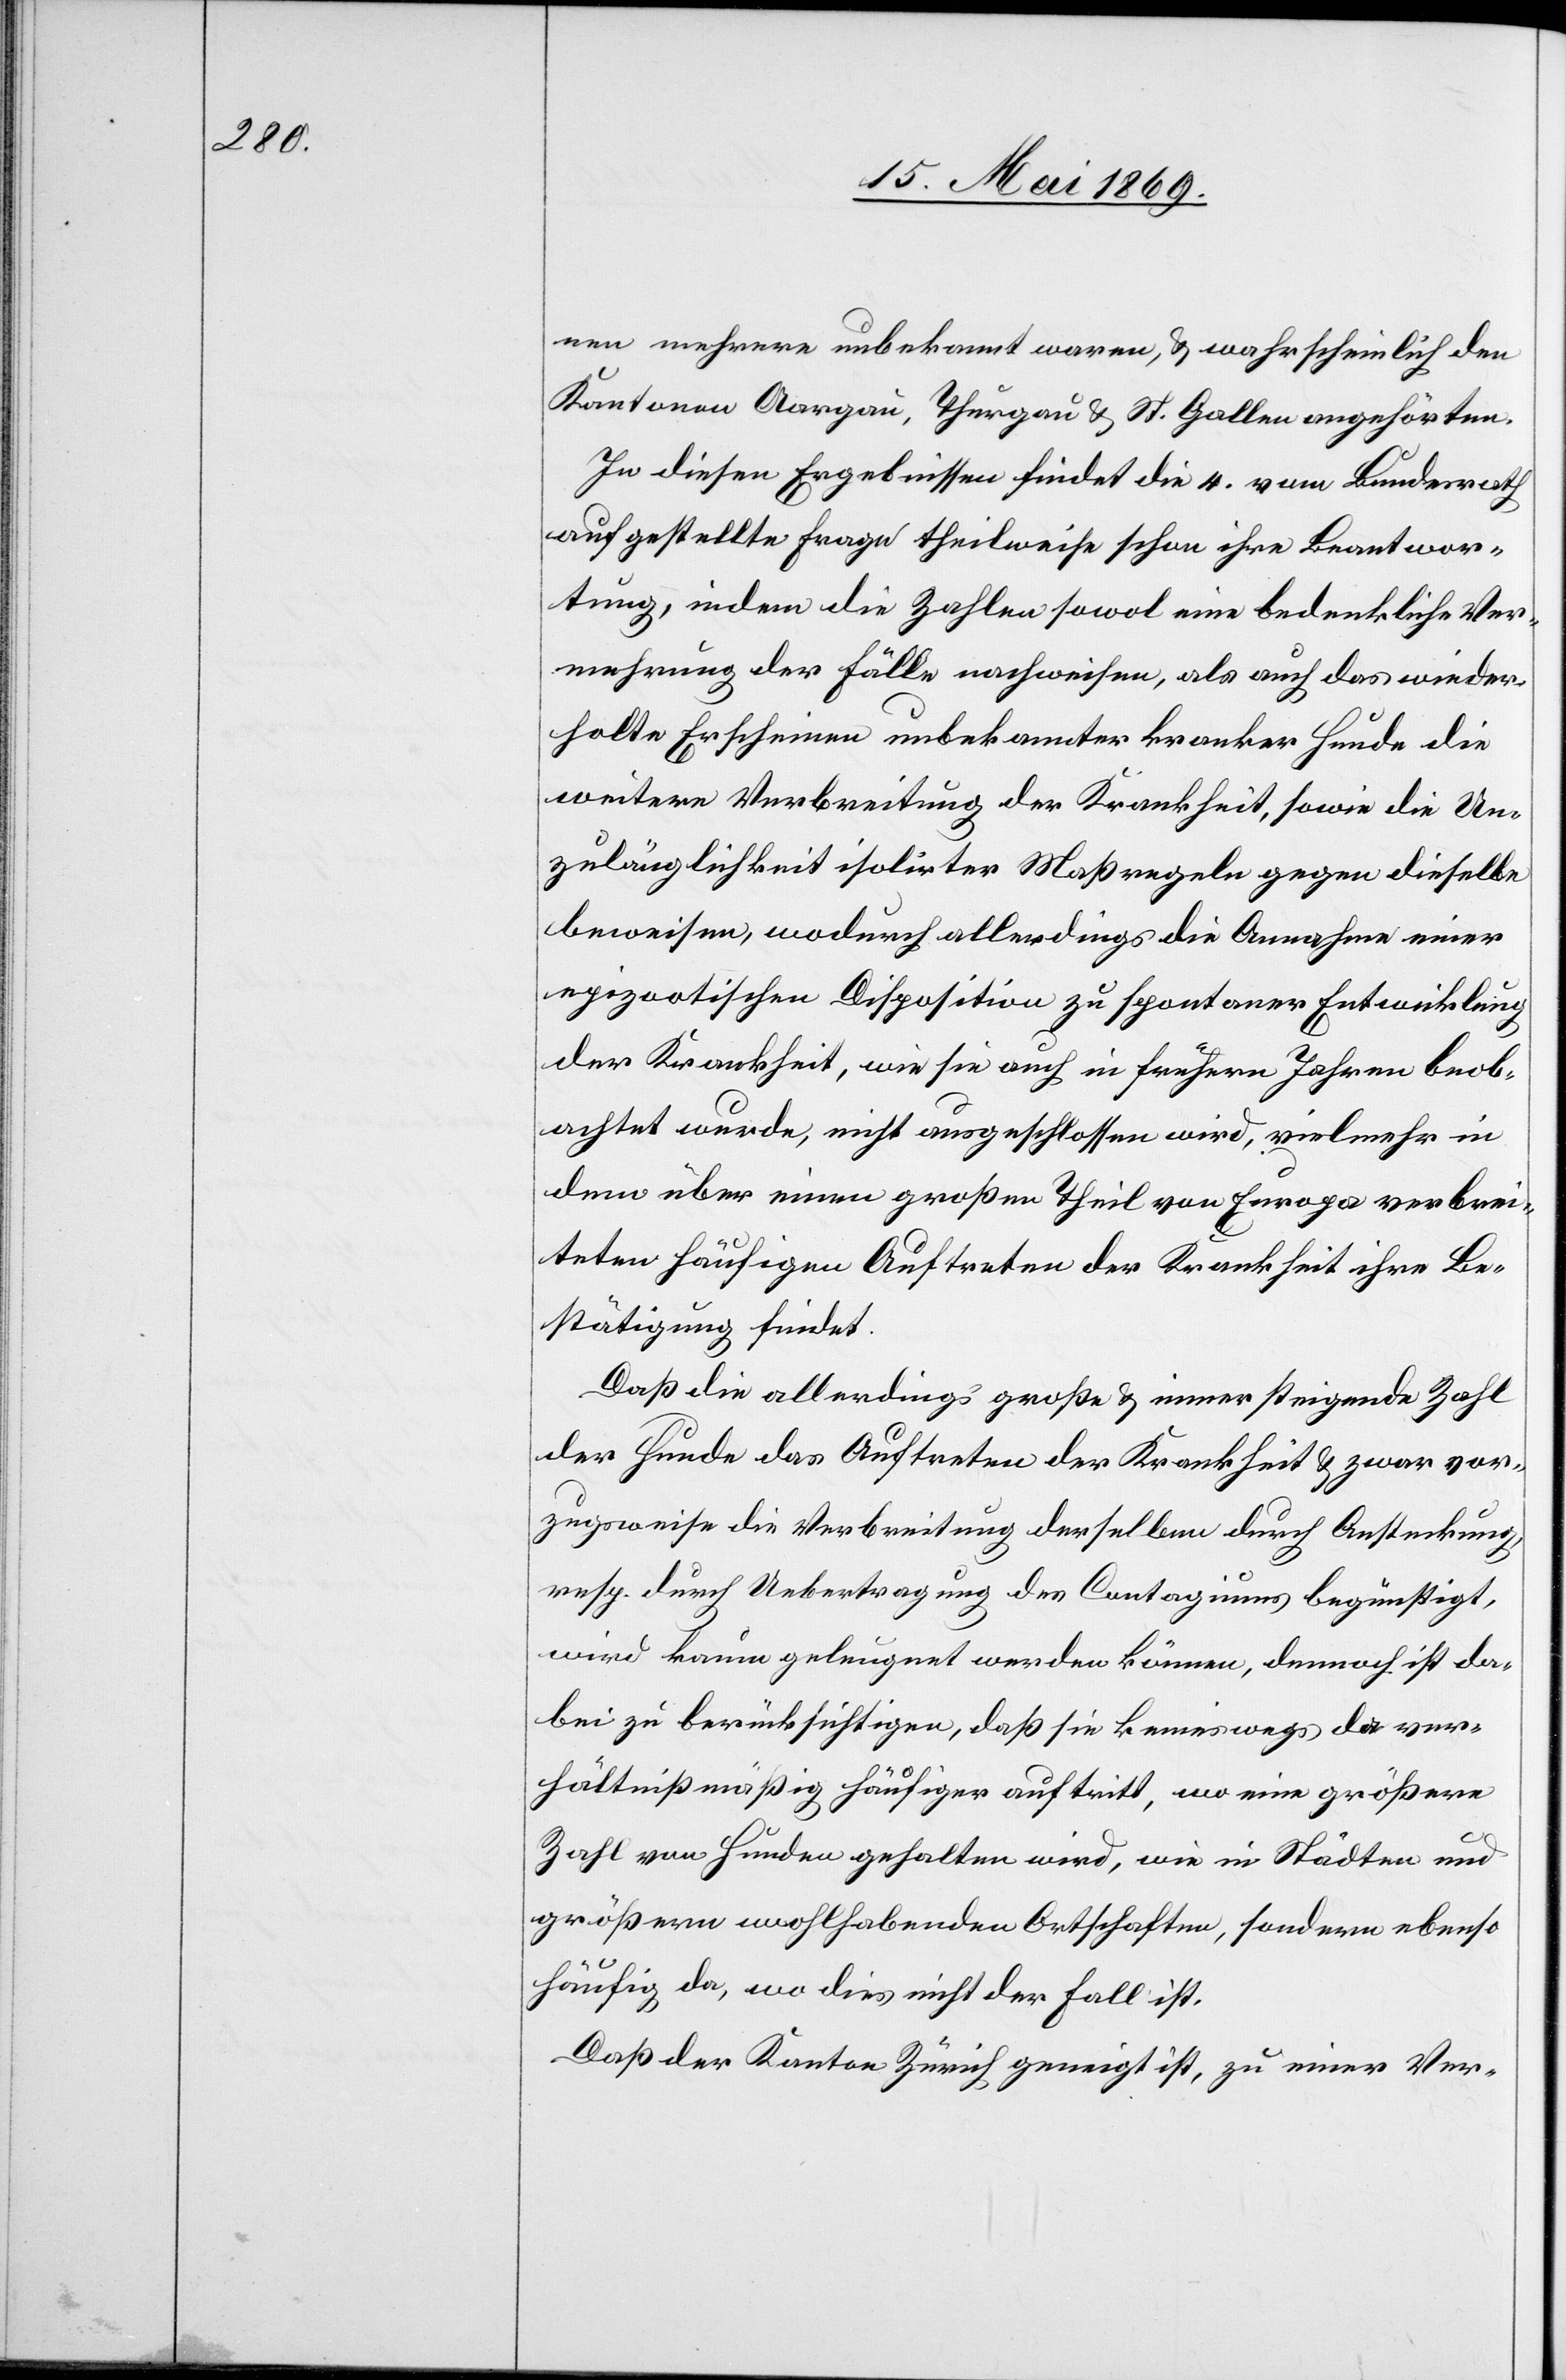
nen mehrere unbekannt waren, u. wahrscheinlich den
Kantonen Aargau, Thurgau u. St. Gallen angehörten.
In diesen Ergebnissen findet die 4. vom Bundesrath
aufgestellte Frage theilweise schon ihre Beantwor¬
tung, indem die Zahlen sowol eine bedenkliche Ver¬
mehrung der Fälle nachweisen, als auch das wieder¬
holte Erscheinen unbekannter kranker Hunde die
weitere Verbreitung der Krankheit, sowie die Un¬
zulänglichkeit isolirter Maßregeln gegen dieselbe
beweisen, wodurch allerdings die Annahme einer
epizotischen Disposition zu spontaner Entwicklung
der Krankheit, wie sie auch in frühern Jahren beob¬
achtet wurde, nicht ausgeschlossen wird, vielmehr in
dem über einen großen Theil von Europa verbrei¬
teten häufigen Auftreten der Krankheit ihre Be¬
stätigung findet.
Daß die allerdings große u. immer steigende Zahl
der Hunde das Auftreten der Krankheit u. zwar vor¬
zugsweise die Verbreitung derselben durch Ansteckung,
resp. durch Uebertragung des Contagiums begünstigt,
wird kaum geleugnet werden können, dennoch ist da¬
bei zu berücksichtigen, daß sie keineswegs da ver¬
hältnißmäßig häufiger auftritt, wo eine größere
Zahl von Hunden gehalten wird, wie in Städten und
größern wohlhabenden Ortschaften, sondern ebenso
häufig da, wo dies nicht der Fall ist.
Daß der Kanton Zürich geneigt ist, zu einer Ver-